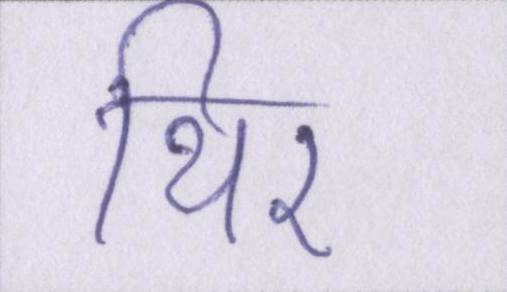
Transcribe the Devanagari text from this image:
थिर